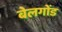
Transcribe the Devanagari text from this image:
बेलगोंड